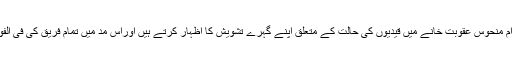
ہم ملک کے تمام جیلوں اور خاص کربگرام منحوس عقوبت خانے میں قیدیوں کی حالت کے متعلق اپنے گہرے تشویش کا اظہار کرتے ہیں اوراس مد میں تمام فریق کی فی الفور توجہ اور ضروری اقدامات چاہتے ہیں۔